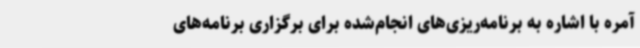
آمره با اشاره به برنامه‌ریزی‌های انجام‌شده برای برگزاری برنامه‌های